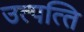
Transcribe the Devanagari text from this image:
उत्‍पत्‍ति